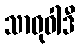
သာဓုဝါဒီ